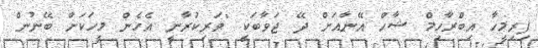
ފިރިމީހާ އިބްރާހިމް ޝާހް އޭނާއަށް ދޭ ޖަވާބަކީ "ވަރިކުރާނީ އެހެން މީހަކަށް ބޭނުން